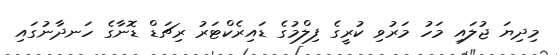
މިދިޔަ ޖުލައި މަހު މަރުވި ކުރީގެ ފިލްމުގެ ޑައިރެކްޓަރު ރިޗަޑް ޑޮނާގެ ހަނދާނުގައި